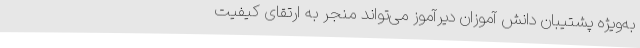
به‌ویژه پشتیبان دانش آموزان دیرآموز می‌تواند منجر به ارتقای کیفیت